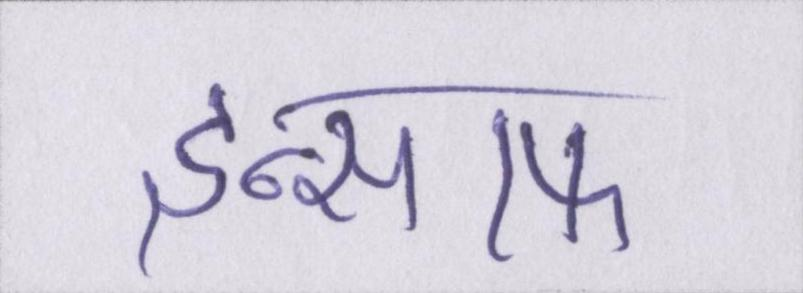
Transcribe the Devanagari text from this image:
इन्साफ